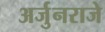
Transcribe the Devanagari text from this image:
अर्जुनराजे